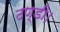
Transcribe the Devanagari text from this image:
ठण्डी।